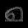
Digit: ၈